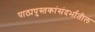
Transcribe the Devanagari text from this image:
पाठ्यपुस्तकांसंदर्भातील